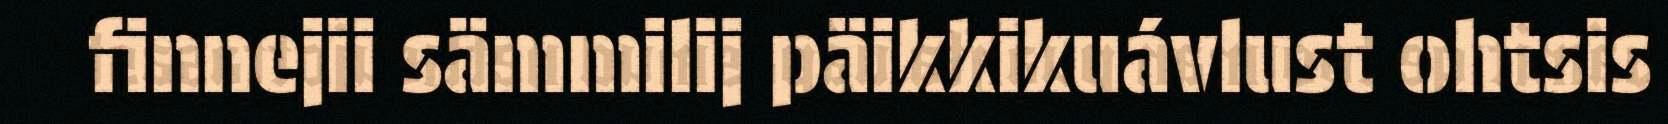
finnejii sämmilij päikkikuávlust ohtsis